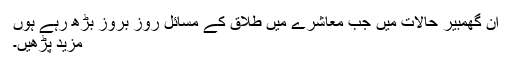
ان گھمبیر حالات میں جب معاشرے میں طلاق کے مسائل روز بروز بڑھ رہے ہوں
مزید پڑھیں۔